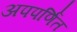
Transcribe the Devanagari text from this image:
अपपर्णित